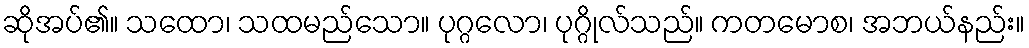
ဆိုအပ်၏။ သထော၊ သထမည်သော။ ပုဂ္ဂလော၊ ပုဂ္ဂိုလ်သည်။ ကတမောစ၊ အဘယ်နည်း။